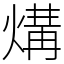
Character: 煹